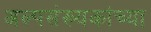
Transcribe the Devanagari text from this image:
अल्पसंख्यकांच्या